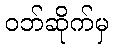
ဝဘ်ဆိုက်မှ